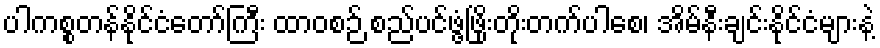
ပါကစ္စတန်နိုင်ငံတော်ကြီး ထာဝစဉ် စည်ပင်ဖွံ့ဖြိုးတိုးတက်ပါစေ၊ အိမ်နီးချင်းနိုင်ငံများနဲ့